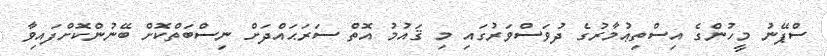
ސްޕޭނު މީހުންގެ އިސްތިޢުމާރުގެ ދުވަސްވަރުގައި މި ޤައުމު އޮތް ސަރަޙައްދަށް ނިސްބަތްކޮށް ބޭނުންކޮށްފައިވާ